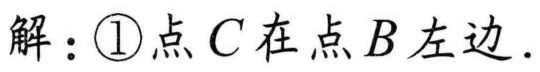
解：\textcircled{1}点\(C\)在点\(B\)左边.